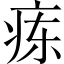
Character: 𬏤